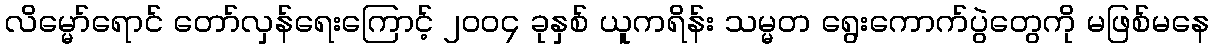
လိမ္မော်ရောင် တော်လှန်ရေးကြောင့် ၂၀၀၄ ခုနှစ် ယူကရိန်း သမ္မတ ရွေးကောက်ပွဲတွေကို မဖြစ်မနေ